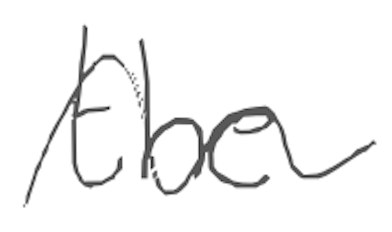
Text: the
Cross-out: wave
Writing tool: digital_gray